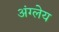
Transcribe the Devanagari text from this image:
अंग्लेय